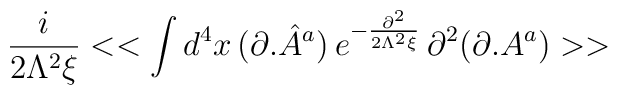
\frac{i}{2\Lambda ^{2}\xi }<<\int d^{4}x\, (\partial .{\hat{A}}^{a})\, e^{-\frac{\partial ^{2}}{2\Lambda ^{2}\xi }}\, \partial ^{2}(\partial .A^{a})>>